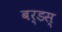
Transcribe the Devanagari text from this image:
बर्डस्